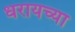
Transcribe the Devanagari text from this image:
धरायच्या